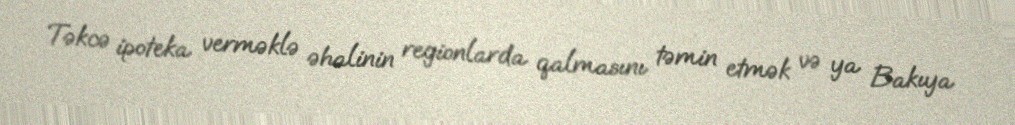
Təkcə ipoteka verməklə əhalinin regionlarda qalmasını təmin etmək və ya Bakıya